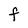
Character: F